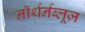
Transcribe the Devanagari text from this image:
नॉर्थर्नब्लूज़